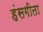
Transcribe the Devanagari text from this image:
हंसगीता